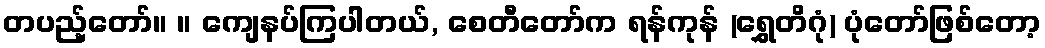
တပည့်တော်။ ။ ကျေနပ်ကြပါတယ်, စေတီတော်က ရန်ကုန် (ရွှေတိဂုံ) ပုံတော်ဖြစ်တော့